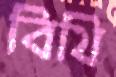
বিথি